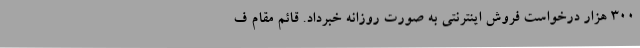
300 هزار درخواست فروش اینترنتی به صورت روزانه خبرداد. قائم مقام ف